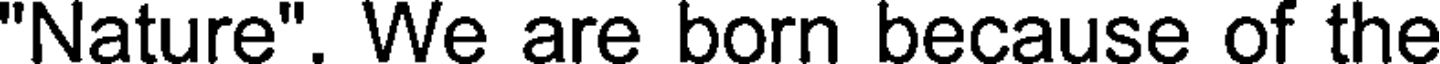
"Nature". We are born because of the